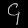
Digit: ၄